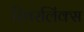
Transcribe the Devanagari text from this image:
रिवरलिंक्स